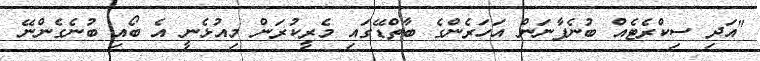
"އަދި ސިކްރެޓެއް ބުނެފާނަން އަހަރެންގެ ބާތްޑޭގައި މެރީކުރަން މިއުޅެނީ އެ ބޯއި ބުނެގެންނޭ